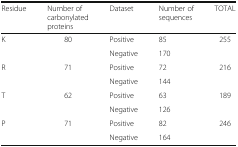
| Residue | Number of carbonylated proteins | Dataset | Number of sequences | TOTAL |
 | --- | --- | --- | --- | --- |
 | K | 80 | Positive | 85 | 255 |
 |  |  | Negative | 170 |  |
 | R | 71 | Positive | 72 | 216 |
 |  |  | Negative | 144 |  |
 | T | 62 | Positive | 63 | 189 |
 |  |  | Negative | 126 |  |
 | P | 71 | Positive | 82 | 246 |
 |  |  | Negative | 164 |  |